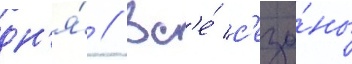
дн'я́ // Вс'е́ с'езо́ны